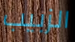
الزبيب